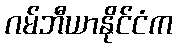
ဂမ်ဘီယာနိုင်ငံက